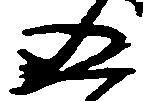
五